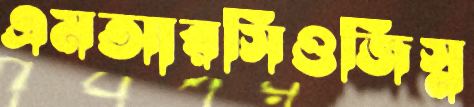
এমআরসিওজিস্ন